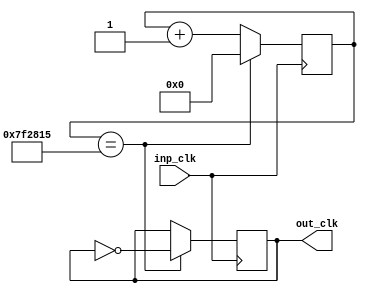
`timescale 1ns / 1ps
//////////////////////////////////////////////////////////////////////////////////
// Company: 
// Engineer: 
// 
// Design Name: 
// Module Name:    clockModule2 
// Project Name: 
// Target Devices: 
// Tool versions: 
// Description: 
//
// Dependencies: 
//
// Revision: 
// Revision 0.01 - File Created
// Additional Comments: 
//
//////////////////////////////////////////////////////////////////////////////////
module clockModule2(
	input inp_clk,
	output reg out_clk
);

	reg [24:0] cnt1=0;
	
	//cnt1<=0;
	
	initial 
		begin
			cnt1<=0;
			out_clk<=0;
		end
		
	
	always@(posedge inp_clk) 
		
		begin
		
			cnt1<=cnt1+1;
		
			if(cnt1 == 8333333)
				begin
					cnt1<=0;
					out_clk<=~out_clk;
				end
		
		end
	
	
	
	
endmodule